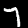
Label: 7